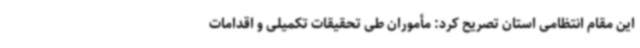
این مقام انتظامی استان تصریح کرد: مأموران طی تحقیقات تکمیلی و اقدامات